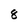
Character: 8